Lunatic asylums in Bengal annual reports 1899-1911 - 1899-1911
Year: 1899
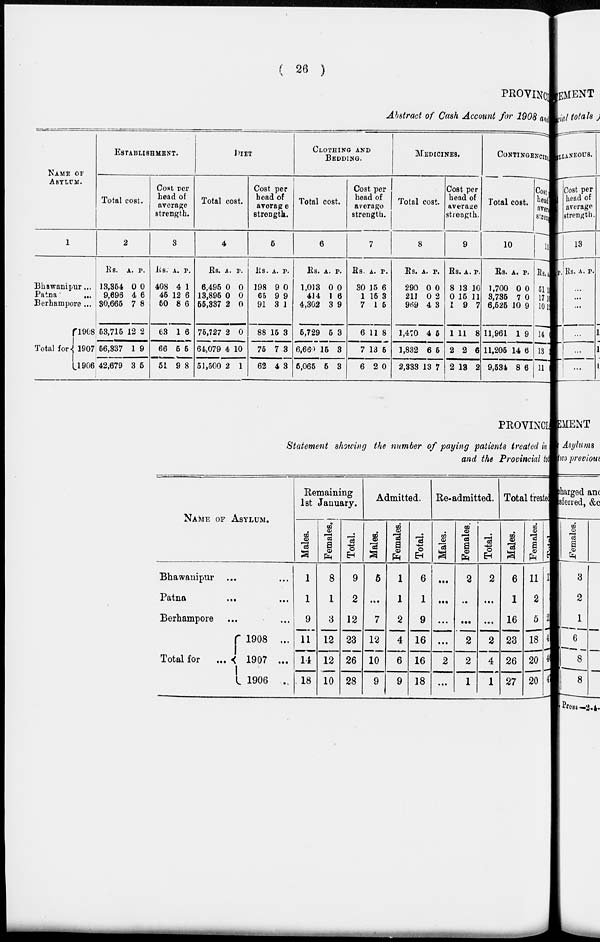
( 26 )
PROVINCIAL
Abstract of Cash Account for 1908 and
NAME OF
ASYLUM.
1
Bhawanipur...
Patna
...
Berhampore ...
Total for
1908
1907
1906
ESTABLISHMENT.
Total cost.
2
Rs.
13,354
9,696
30,665
53,715
56,337
42,679
A.
0
4
7
12
1
3
P.
0
6
8
2
9
5
Cost per
head of
average
strength.
3
Rs.
408
45
50
63
66
51
A.
4
12
8
1
5
9
P.
1
6
6
6
5
8
DIET
Total cost.
4
Rs.
6,495
13,895
55,337
75,727
64,079
51,500
A.
0
0
2
2
4
2
P.
0
0
0
0
10
1
Cost per
head of
average
strength.
5
Rs.
198
65
91
88
75
62
A.
9
9
3
15
7
4
P.
0
9
1
3
3
3
CLOTHING AND
BEDDING.
Total cost.
6
Rs.
1,013
414
4,302
5,729
6,660
5,065
A.
0
1
3
5
15
5
P.
0
6
9
3
3
3
Cost per
head of
average
strength.
7
Rs.
30
1
7
6
7
6
A.
15
15
1
11
13
2
P.
6
3
5
8
5
0
MEDICINES.
Total cost.
8
Rs.
290
211
969
1,470
1,832
2,333
A.
0
0
4
4
6
13
P.
0
2
3
5
5
7
Cost per
head of
average
strength.
9
Rs.
8
0
1
1
2
2
A.
13
15
9
11
2
13
P.
10
11
7
8
6
2
CONTINGENCIES.
Total cost.
10
Rs.
1,700
3,735
6,525
11,961
11,205
9,534
A.
0
7
10
1
14
8
P.
0
0
9
9
6
6
Cost
head
average
strength.
11
Rs.
51
17
10
14
13
11
A.
1
1
1
PROVINCIAL
Statement showing the number of paying patients treated in
and the Provincial t ot al
NAME OF ASYLUM.
Bhawanipur ...
Patna
...
Berhampore ...
Total for
1908 ...
1907 ...
1906 ...
Remaining
1st January.
Males.
1
1
9
11
14
18
Females.
8
1
3
12
12
10
Total.
9
2
12
23
26
28
Admitted.
Males.
5
...
7
12
10
9
Females.
1
1
2
4
6
9
Total.
6
1
9
16
16
18
Re-admitted.
Males.
...
...
...
...
2
...
Females.
2
...
...
2
2
1
Total.
2
...
...
2
4
1
Total treated.
Males.
6
1
16
23
26
27
Females.
11
2
5
18
20
20
Total.
17
3
21
41
46
47